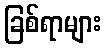
ခြစ်ရာများ